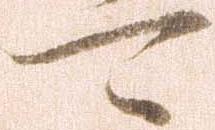
可